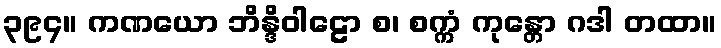
၃၉၄။ ကဏယော ဘိန္ဒိဝါဠော စ၊ စက္ကံ ကုန္တော ဂဒါ တထာ။